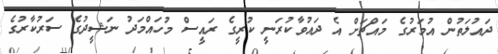
ދައުލަތުން އުމަރުގެ މައްޗަށް އެ ދައުވާކުރަނީ ކުރީގެ ރައީސް މުހައްމަދު ނަޝީދުގެ ސަރުކާރުގެ